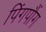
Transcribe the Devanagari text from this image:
पिंगपौंग